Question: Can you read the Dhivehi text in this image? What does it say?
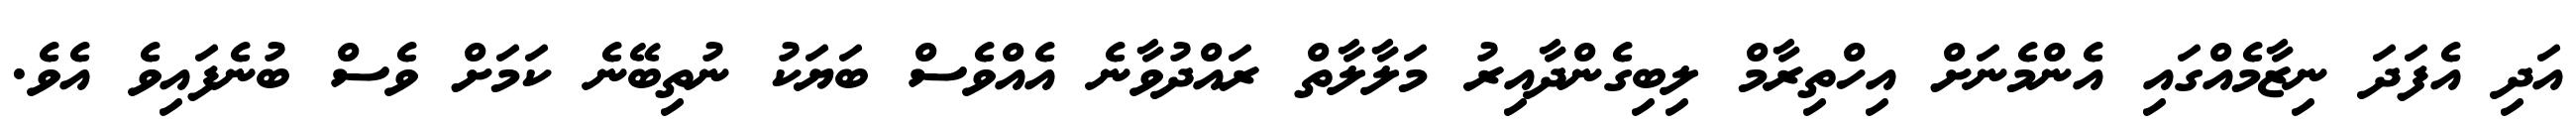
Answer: އަދި އެފަދަ ނިޒާމެއްގައި އެންމެނަށް އިހްތިރާމް ލިބިގެންދާއިރު މަލާލާތް ރައްދުވާނެ އެއްވެސް ބަޔަކު ނުތިބޭނެ ކަމަށް ވެސް ބުނެފައިވެ އެވެ.